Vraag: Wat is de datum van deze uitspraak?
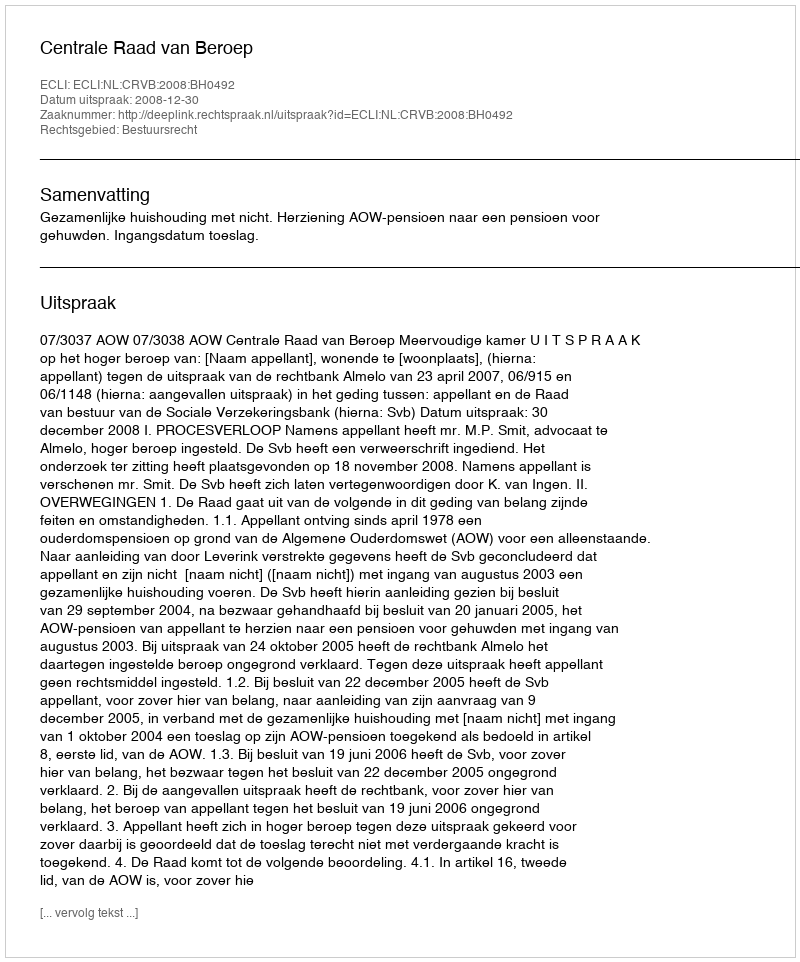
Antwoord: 2008-12-30